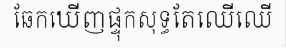
ឆែកឃើញផ្ទុកសុទ្ធតែឈើឈើ